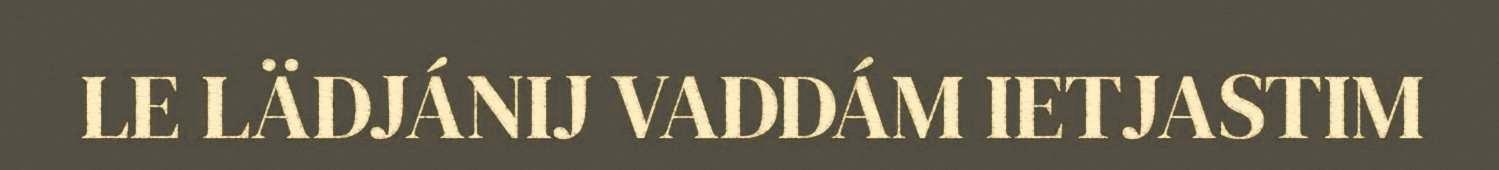
LE LÄDJÁNIJ VADDÁM IETJASTIM